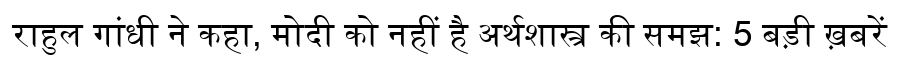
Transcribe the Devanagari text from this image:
राहुल गांधी ने कहा, मोदी को नहीं है अर्थशास्त्र की समझ: 5 बड़ी ख़बरें